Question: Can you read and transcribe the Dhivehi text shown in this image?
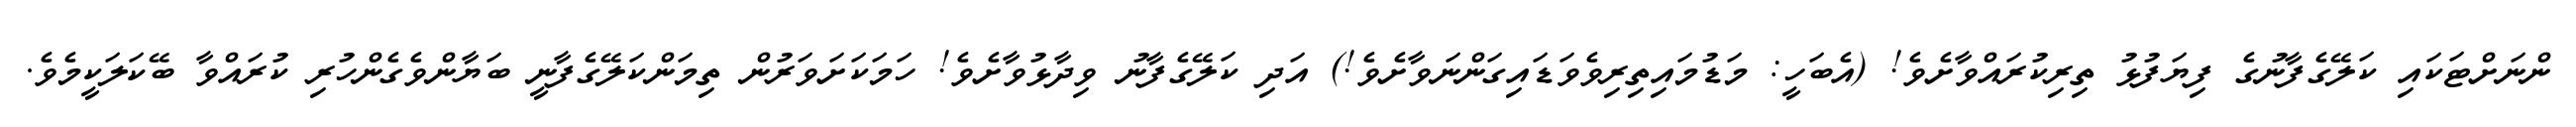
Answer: ންނަށްޓަކައި ކަލޭގެފާނުގެ ފިޔަފުޅު ތިރިކުރައްވާށެވެ! (އެބަހީ: މަޑުމައިތިރިވެވަޑައިގަންނަވާށެވެ!) އަދި ކަލޭގެފާނު ވިދާޅުވާށެވެ! ހަމަކަށަވަރުން ތިމަންކަލޭގެފާނީ ބަޔާންވެގެންހުރި ކުރައްވާ ބޭކަލަކީމެވެ.